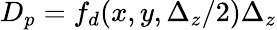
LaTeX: D_{p}=f_{d}(x,y,\Delta_{z}/2)\Delta_{z}